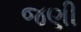
જણી